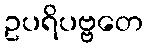
ဥပရိပဗ္ဗတေ